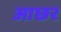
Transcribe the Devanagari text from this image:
आछर